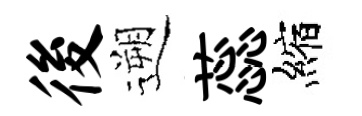
後遡蕊縮